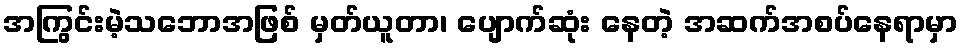
အကြွင်းမဲ့သဘောအဖြစ် မှတ်ယူတာ၊ ပျောက်ဆုံး နေတဲ့ အဆက်အစပ်နေရာမှာ